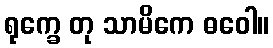
ရုက္ခေ တု သာမိကေ ဓဝေါ။